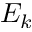
E _ { k }